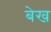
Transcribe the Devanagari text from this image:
बेख